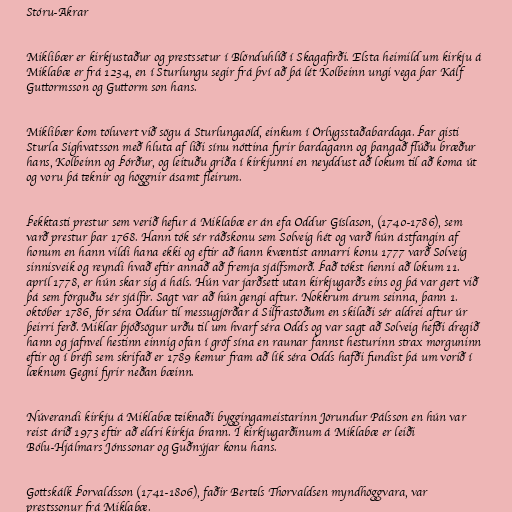
Stóru-Akrar

Miklibær er kirkjustaður og prestssetur í Blönduhlíð í Skagafirði. Elsta heimild um kirkju á
Miklabæ er frá 1234, en í Sturlungu segir frá því að þá lét Kolbeinn ungi vega þar Kálf
Guttormsson og Guttorm son hans.

Miklibær kom töluvert við sögu á Sturlungaöld, einkum í Örlygsstaðabardaga. Þar gisti
Sturla Sighvatsson með hluta af liði sínu nóttina fyrir bardagann og þangað flúðu bræður
hans, Kolbeinn og Þórður, og leituðu griða í kirkjunni en neyddust að lokum til að koma út
og voru þá teknir og höggnir ásamt fleirum.

Þekktasti prestur sem verið hefur á Miklabæ er án efa Oddur Gíslason, (1740-1786), sem
varð prestur þar 1768. Hann tók sér ráðskonu sem Solveig hét og varð hún ástfangin af
honum en hann vildi hana ekki og eftir að hann kvæntist annarri konu 1777 varð Solveig
sinnisveik og reyndi hvað eftir annað að fremja sjálfsmorð. Það tókst henni að lokum 11.
apríl 1778, er hún skar sig á háls. Hún var jarðsett utan kirkjugarðs eins og þá var gert við
þá sem förguðu sér sjálfir. Sagt var að hún gengi aftur. Nokkrum árum seinna, þann 1.
október 1786, fór séra Oddur til messugjörðar á Silfrastöðum en skilaði sér aldrei aftur úr
þeirri ferð. Miklar þjóðsögur urðu til um hvarf séra Odds og var sagt að Solveig hefði dregið
hann og jafnvel hestinn einnig ofan í gröf sína en raunar fannst hesturinn strax morguninn
eftir og í bréfi sem skrifað er 1789 kemur fram að lík séra Odds hafði fundist þá um vorið í
læknum Gegni fyrir neðan bæinn.

Núverandi kirkju á Miklabæ teiknaði byggingameistarinn Jörundur Pálsson en hún var
reist árið 1973 eftir að eldri kirkja brann. Í kirkjugarðinum á Miklabæ er leiði
Bólu-Hjálmars Jónssonar og Guðnýjar konu hans.

Gottskálk Þorvaldsson (1741-1806), faðir Bertels Thorvaldsen myndhöggvara, var
prestssonur frá Miklabæ.